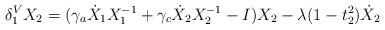
LaTeX: \begin{align*}\delta_1^V X_2 =(\gamma_a \dot X_1 X_1^{-1} + \gamma_c \dot X_2 X_2^{-1} -I)X_2 - \lambda (1 - t_2^2) \dot X_2\end{align*}